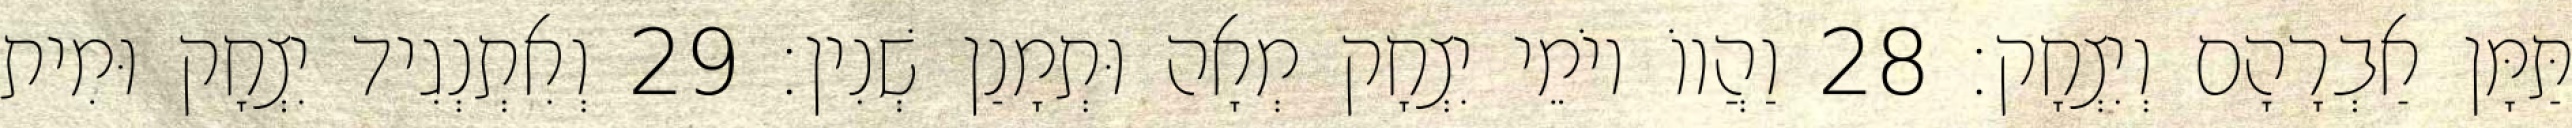
תַּמָּן אַבְרָהָם וְיִצְחָק׃ 28 וַהֲווֹ יוֹמֵי יִצְחָק מְאָה וּתְמָנַן שְׁנִין׃ 29 וְאִתְנְגִיד יִצְחָק וּמִית